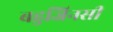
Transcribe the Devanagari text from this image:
बहुजिनसी